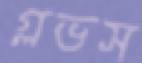
গ্লভস